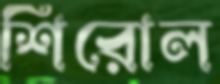
শিরোল